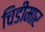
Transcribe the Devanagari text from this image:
चिडीमार